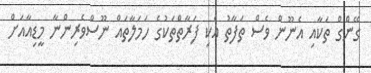
ގޭންގް ތަކާއި އެނޫން ވެސް ތަފާތު އެކި ފަރާތްތަކުގެ ހަމަލާތައް ނޫސްވެރިންނާ މީޑިއާއަށް